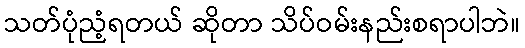
သတ်ပုံညံ့ရတယ် ဆိုတာ သိပ်ဝမ်းနည်းစရာပါဘဲ။